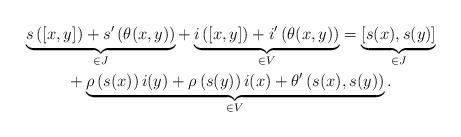
LaTeX: \begin{gather*}\underbrace{ s\left([x,y] \right)+s'\left( \theta(x,y)\right)}_{\in J} +\underbrace{ i\left( [x,y]\right) +i'\left( \theta(x,y)\right)}_{\in V} =\underbrace{\left[s(x),s(y) \right]}_{\in J}\\ + \underbrace{\rho\left(s(x) \right)i(y)+\rho\left(s(y) \right)i(x) + \theta'\left(s(x),s(y) \right) }_{\in V}. \end{gather*}